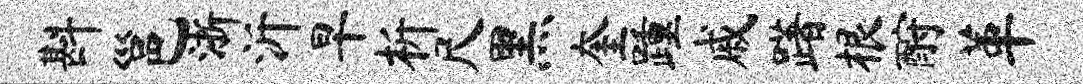
斟邕浙沂早析尺黑奎踵戚躇根酹革